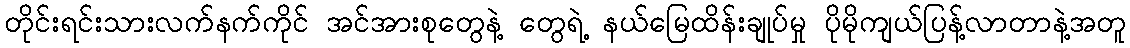
တိုင်းရင်းသားလက်နက်ကိုင် အင်အားစုတွေနဲ့ တွေရဲ့ နယ်မြေထိန်းချုပ်မှု ပိုမိုကျယ်ပြန့်လာတာနဲ့အတူ